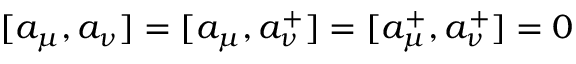
[ a _ { \mu } , a _ { \nu } ] = [ a _ { \mu } , a _ { \nu } ^ { + } ] = [ a _ { \mu } ^ { + } , a _ { \nu } ^ { + } ] = 0